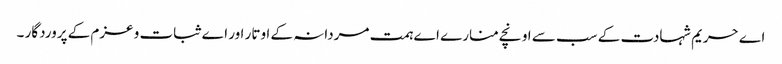
اے حریم شہادت کے سب سے اونچے منارے اے ہمت مردانہ کے اوتار اور اے ثبات و عزم کے پروردگار ۔